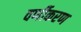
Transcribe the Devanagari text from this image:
वर्णीकरण